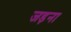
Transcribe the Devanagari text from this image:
जड़ना